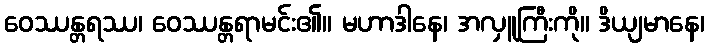
ဝေဿန္တရဿ၊ ဝေဿန္တရာမင်း၏။ မဟာဒါနေ၊ အလှူကြီးကို။ ဒိယျမာနေ၊